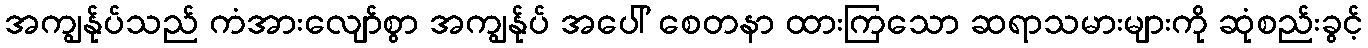
အကျွန်ုပ်သည် ကံအားလျော်စွာ အကျွန်ုပ် အပေါ် စေတနာ ထားကြသော ဆရာသမားများကို ဆုံစည်းခွင့်